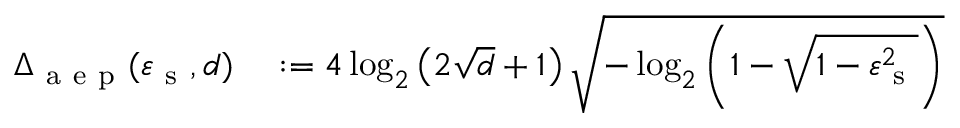
\begin{array} { r l } { \Delta _ { \mathrm { ~ a ~ e ~ p ~ } } ( \varepsilon _ { \mathrm { ~ s ~ } } , d ) } & { { } : = 4 \log _ { 2 } \left( 2 \sqrt { d } + 1 \right) \sqrt { - \log _ { 2 } \left( 1 - \sqrt { 1 - \varepsilon _ { \mathrm { ~ s ~ } } ^ { 2 } } \right) } } \end{array}